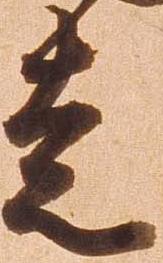
走